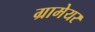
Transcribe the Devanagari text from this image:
ग्रामेयर